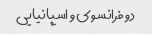
دو فرانسوی و اسپانیایی